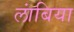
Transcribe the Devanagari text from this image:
लांबिया